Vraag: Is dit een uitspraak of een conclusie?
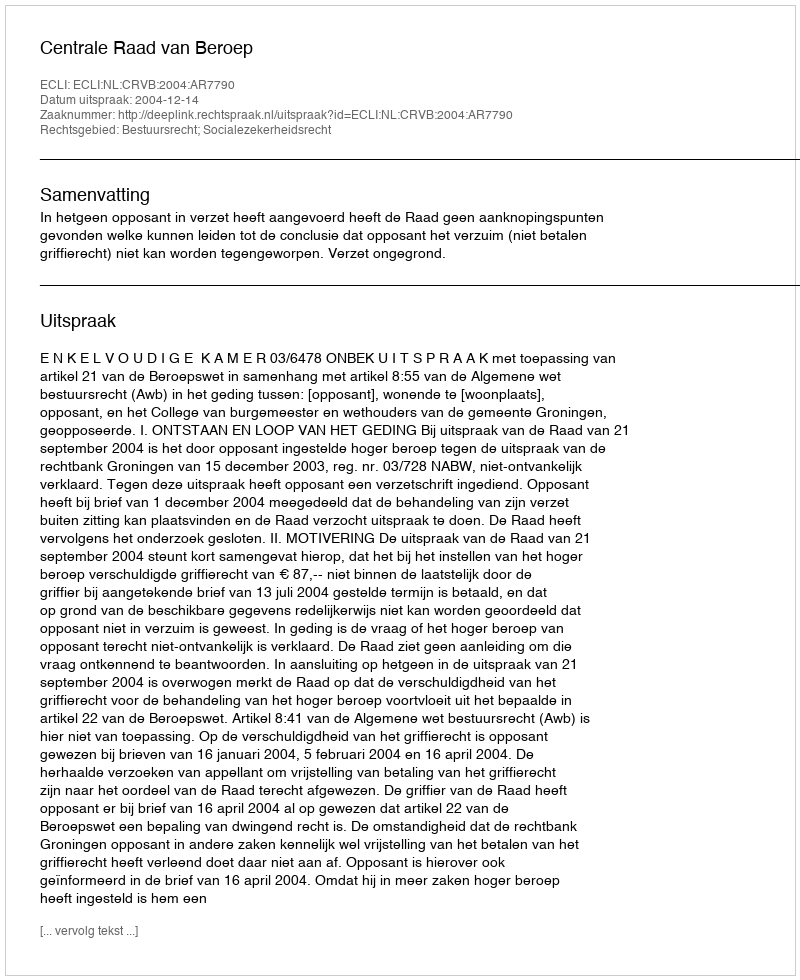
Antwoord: Uitspraak